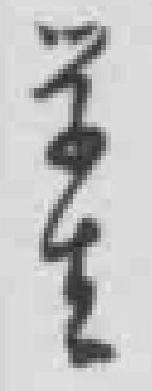
学生